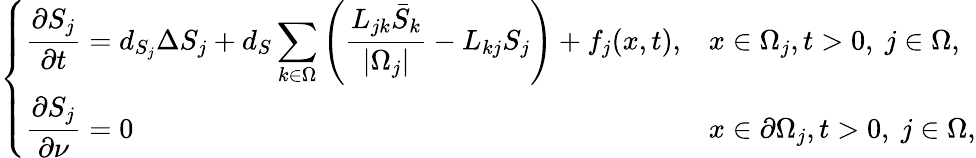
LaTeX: \left\{ \begin{array}{ll}{\displaystyle\frac{\partial S_{j}}{\partial t}=d_{S_{j}}\Delta S_{j}+d_{S}\sum_{k\in\Omega}\left(\frac{L_{jk}\bar{S}_{k}}{|\Omega_{j}|}-L_{kj}S_{j}\right)+f_{j}(x,t),}&{x\in\Omega_{j},t>0,\ j\in\Omega,}\\ {\displaystyle\frac{\partial S_{j}}{\partial\nu}=0}&{x\in\partial\Omega_{j},t>0,\ j\in\Omega,}\end{array}\right.